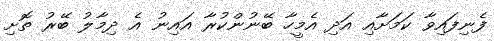
ފެނިފައިވާ ކަމަށާއި އަދި އެމީހާ ބޭނުންކުރާ އައިނު އެ ދިމާލު ބޭރު ތޮށި